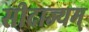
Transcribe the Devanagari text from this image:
सीदाज्यम्